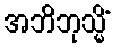
အဘိဘုသ္မိံ